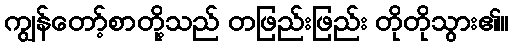
ကျွန်တော့်စာတို့သည် တဖြည်းဖြည်း တိုတိုသွား၏။